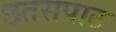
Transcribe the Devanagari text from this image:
छतसपाट